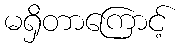
မရှိတာကြောင့်